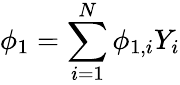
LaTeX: \phi_{1}=\sum_{i=1}^{N}\phi_{1,i}Y_{i}